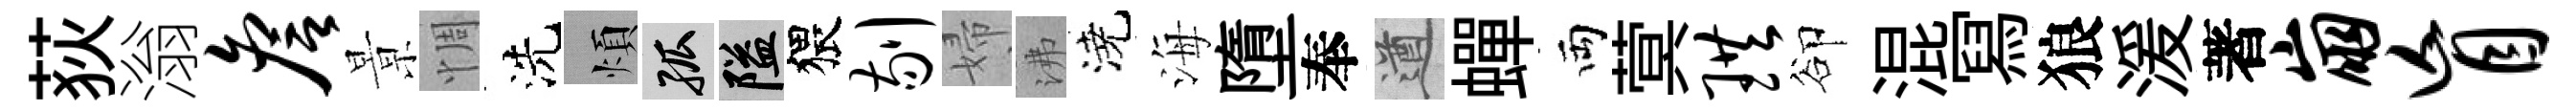
荻滃詹㬌惆洗煩孤隘猥剔婦沸澆海墮奉遒蟬両蓂珙卻混冩狼湲著崩盲